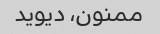
ممنون، دیوید